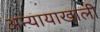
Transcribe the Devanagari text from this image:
अन्यायाखाली